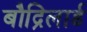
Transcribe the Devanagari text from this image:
बौद्रिलार्ड